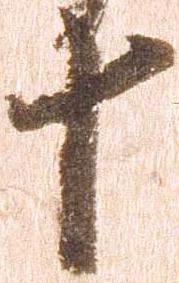
十